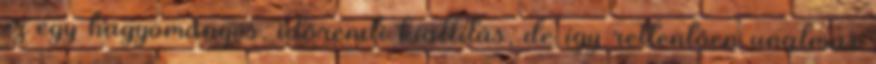
ez egy hagyományos, időrendi kiállítás, de így rettentően unalmas